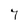
Character: 7